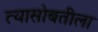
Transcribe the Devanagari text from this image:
त्यासोबतीला